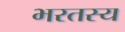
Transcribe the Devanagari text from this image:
भरतस्य